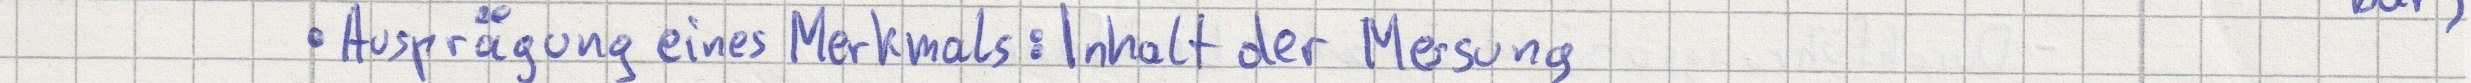
Ausprägung eines Merkmals: Inhalt der Messung